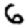
Digit: 6